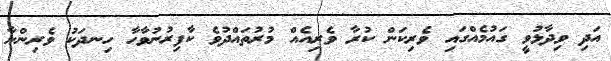
އަދި ވިދާޅުވީ ގައުމެއްގައި ވެރިކަން ކުރާ ވެރިއެއް މުރުތައްދުވެ ކާފިރުނުވާހާ ހިނދަކު ވެރިންނާ